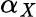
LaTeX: \alpha_{\mathit{X}}